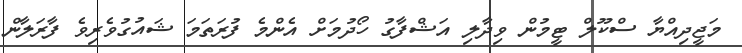
މަޖީދިއްޔާ ސްކޫލް ޓީމުން ވިދާލި އަޝްފާގު ހޯދުމަށް އެންމެ ފުރަތަމަ ޝައުގުވެރިވެ ފާރަލާން